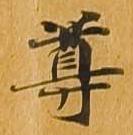
尊